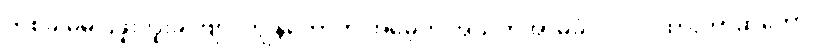
တစ်ခါမှမပြဖူးဘူးခင်ဗျာ၊ ကျွန်တော်က အမေ့ကို အသက်အာမခံလဲ လုပ်ထားတာဆိုတော့